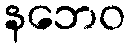
နဘေဝ